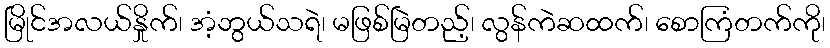
မြိုင်အလယ်နှိုက်၊ အံ့ဘွယ်သရဲ၊ မဖြစ်မြဲတည့်၊ လွန်ကဲဆထက်၊ စောကြံတက်ကို၊